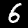
Digit: 6